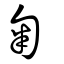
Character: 匊